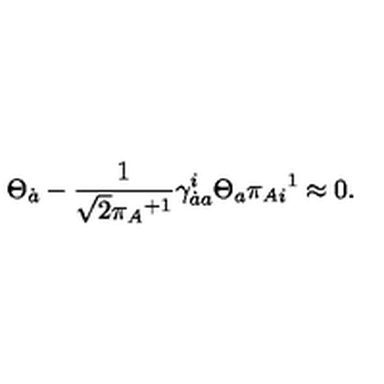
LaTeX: \Theta _ { \dot { a } } - \frac 1 { \sqrt { 2 } { \pi _ { A } } ^ { + 1 } } \gamma _ { \dot { a } a } ^ { i } \Theta _ { a } \pi _ { A i } { } ^ { 1 } \approx 0 .